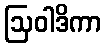
ဩဝါဒိကာ